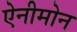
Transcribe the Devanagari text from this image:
ऐनीमोन